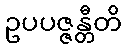
ဥပပဇ္ဇန္တီတိ